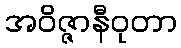
အဝိဇ္ဇာနီဝုတာ